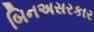
બિનઅસરકાર